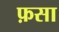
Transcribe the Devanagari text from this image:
फ़सा